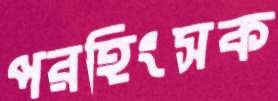
পরহিংসক